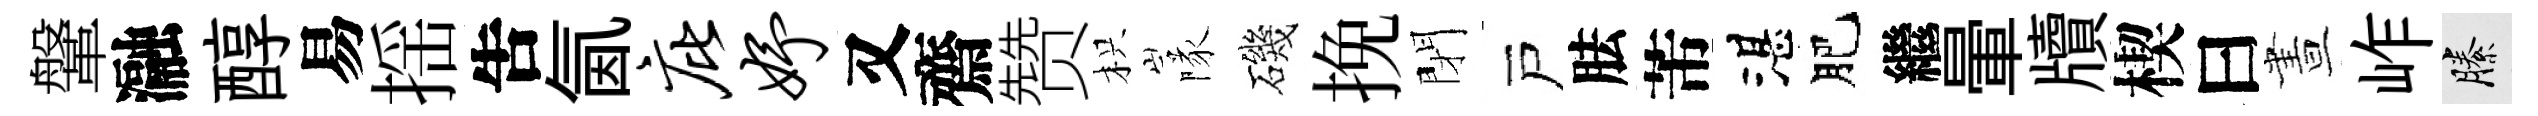
鞶瀜醇易揺吿氤庇妤又齋赞枳隊磯挽閉戸胠芾湛肥繼暈牘楔曰晝岞縢